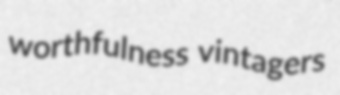
worthfulness vintagers